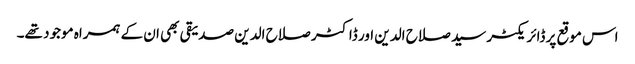
اس موقع پر ڈائریکٹر سید صلاح الدین اور ڈاکٹر صلاح الدین صدیقی بھی ان کے ہمراہ موجود تھے۔